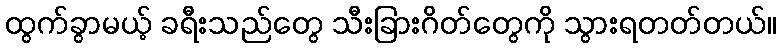
ထွက်ခွာမယ့် ခရီးသည်တွေ သီးခြားဂိတ်တွေကို သွားရတတ်တယ်။